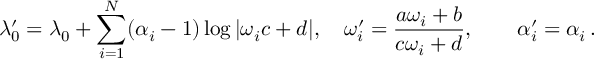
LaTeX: \lambda _ { 0 } ^ { \prime } = \lambda _ { 0 } + \sum _ { i = 1 } ^ { N } ( \alpha _ { i } - 1 ) \log | \omega _ { i } c + d | , \quad \displaystyle \omega _ { i } ^ { \prime } = \frac { a \omega _ { i } + b } { c \omega _ { i } + d } , \qquad \alpha _ { i } ^ { \prime } = \alpha _ { i } \, .